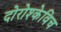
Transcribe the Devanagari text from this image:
दोरोश्केविच